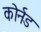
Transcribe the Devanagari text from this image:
कोर्नड